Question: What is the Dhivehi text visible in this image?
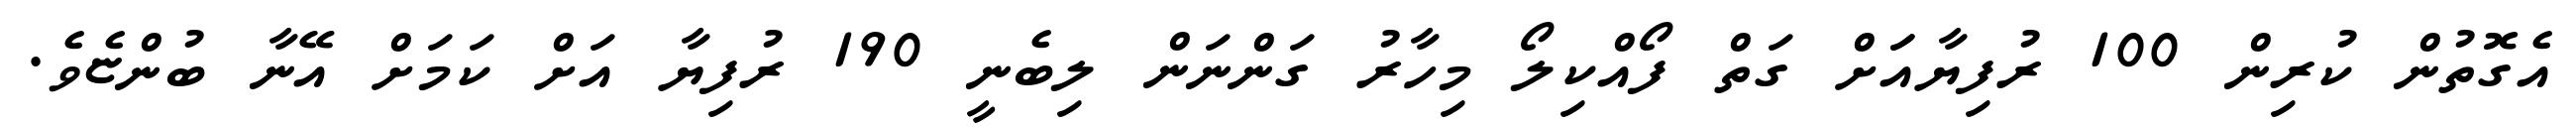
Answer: އެގޮތުން ކުރިން 100 ރުފިޔާއަަށް ގަތް ފޯއްކިލޯ މިހާރު ގަންނަން ލިބެނީ 190 ރުފިޔާ އަށް ކަމަށް އޭނާ ބުންޏެވެ.